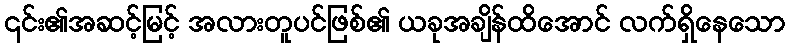
၎င်း၏အဆင့်မြင့် အလားတူပင်ဖြစ်၏ ယခုအချိန်ထိအောင် လက်ရှိနေသော